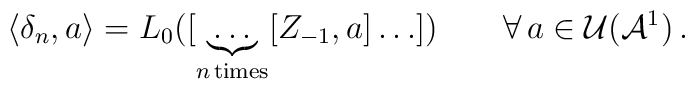
\langle \delta_n , a \rangle = L_0 ([ \underbrace{\ldots}_{n \, {\rm times}} [Z_{-1} , a ] \ldots ]) \qquad \forall \, a \in {\cal U} ({\cal A}^1) \, .